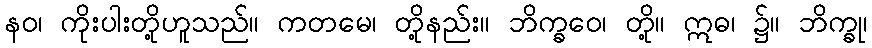
နဝ၊ ကိုးပါးတို့ဟူသည်။ ကတမေ၊ တို့နည်း။ ဘိက္ခဝေ၊ တို့။ ဣဓ၊ ၌။ ဘိက္ခု၊